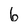
Character: 6